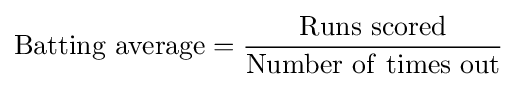
\mathrm {Batting~average} ={\frac {\mathrm {Runs~scored} }{\mathrm {Number~of~times~out} }}